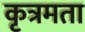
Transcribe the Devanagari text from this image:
कृत्रमता